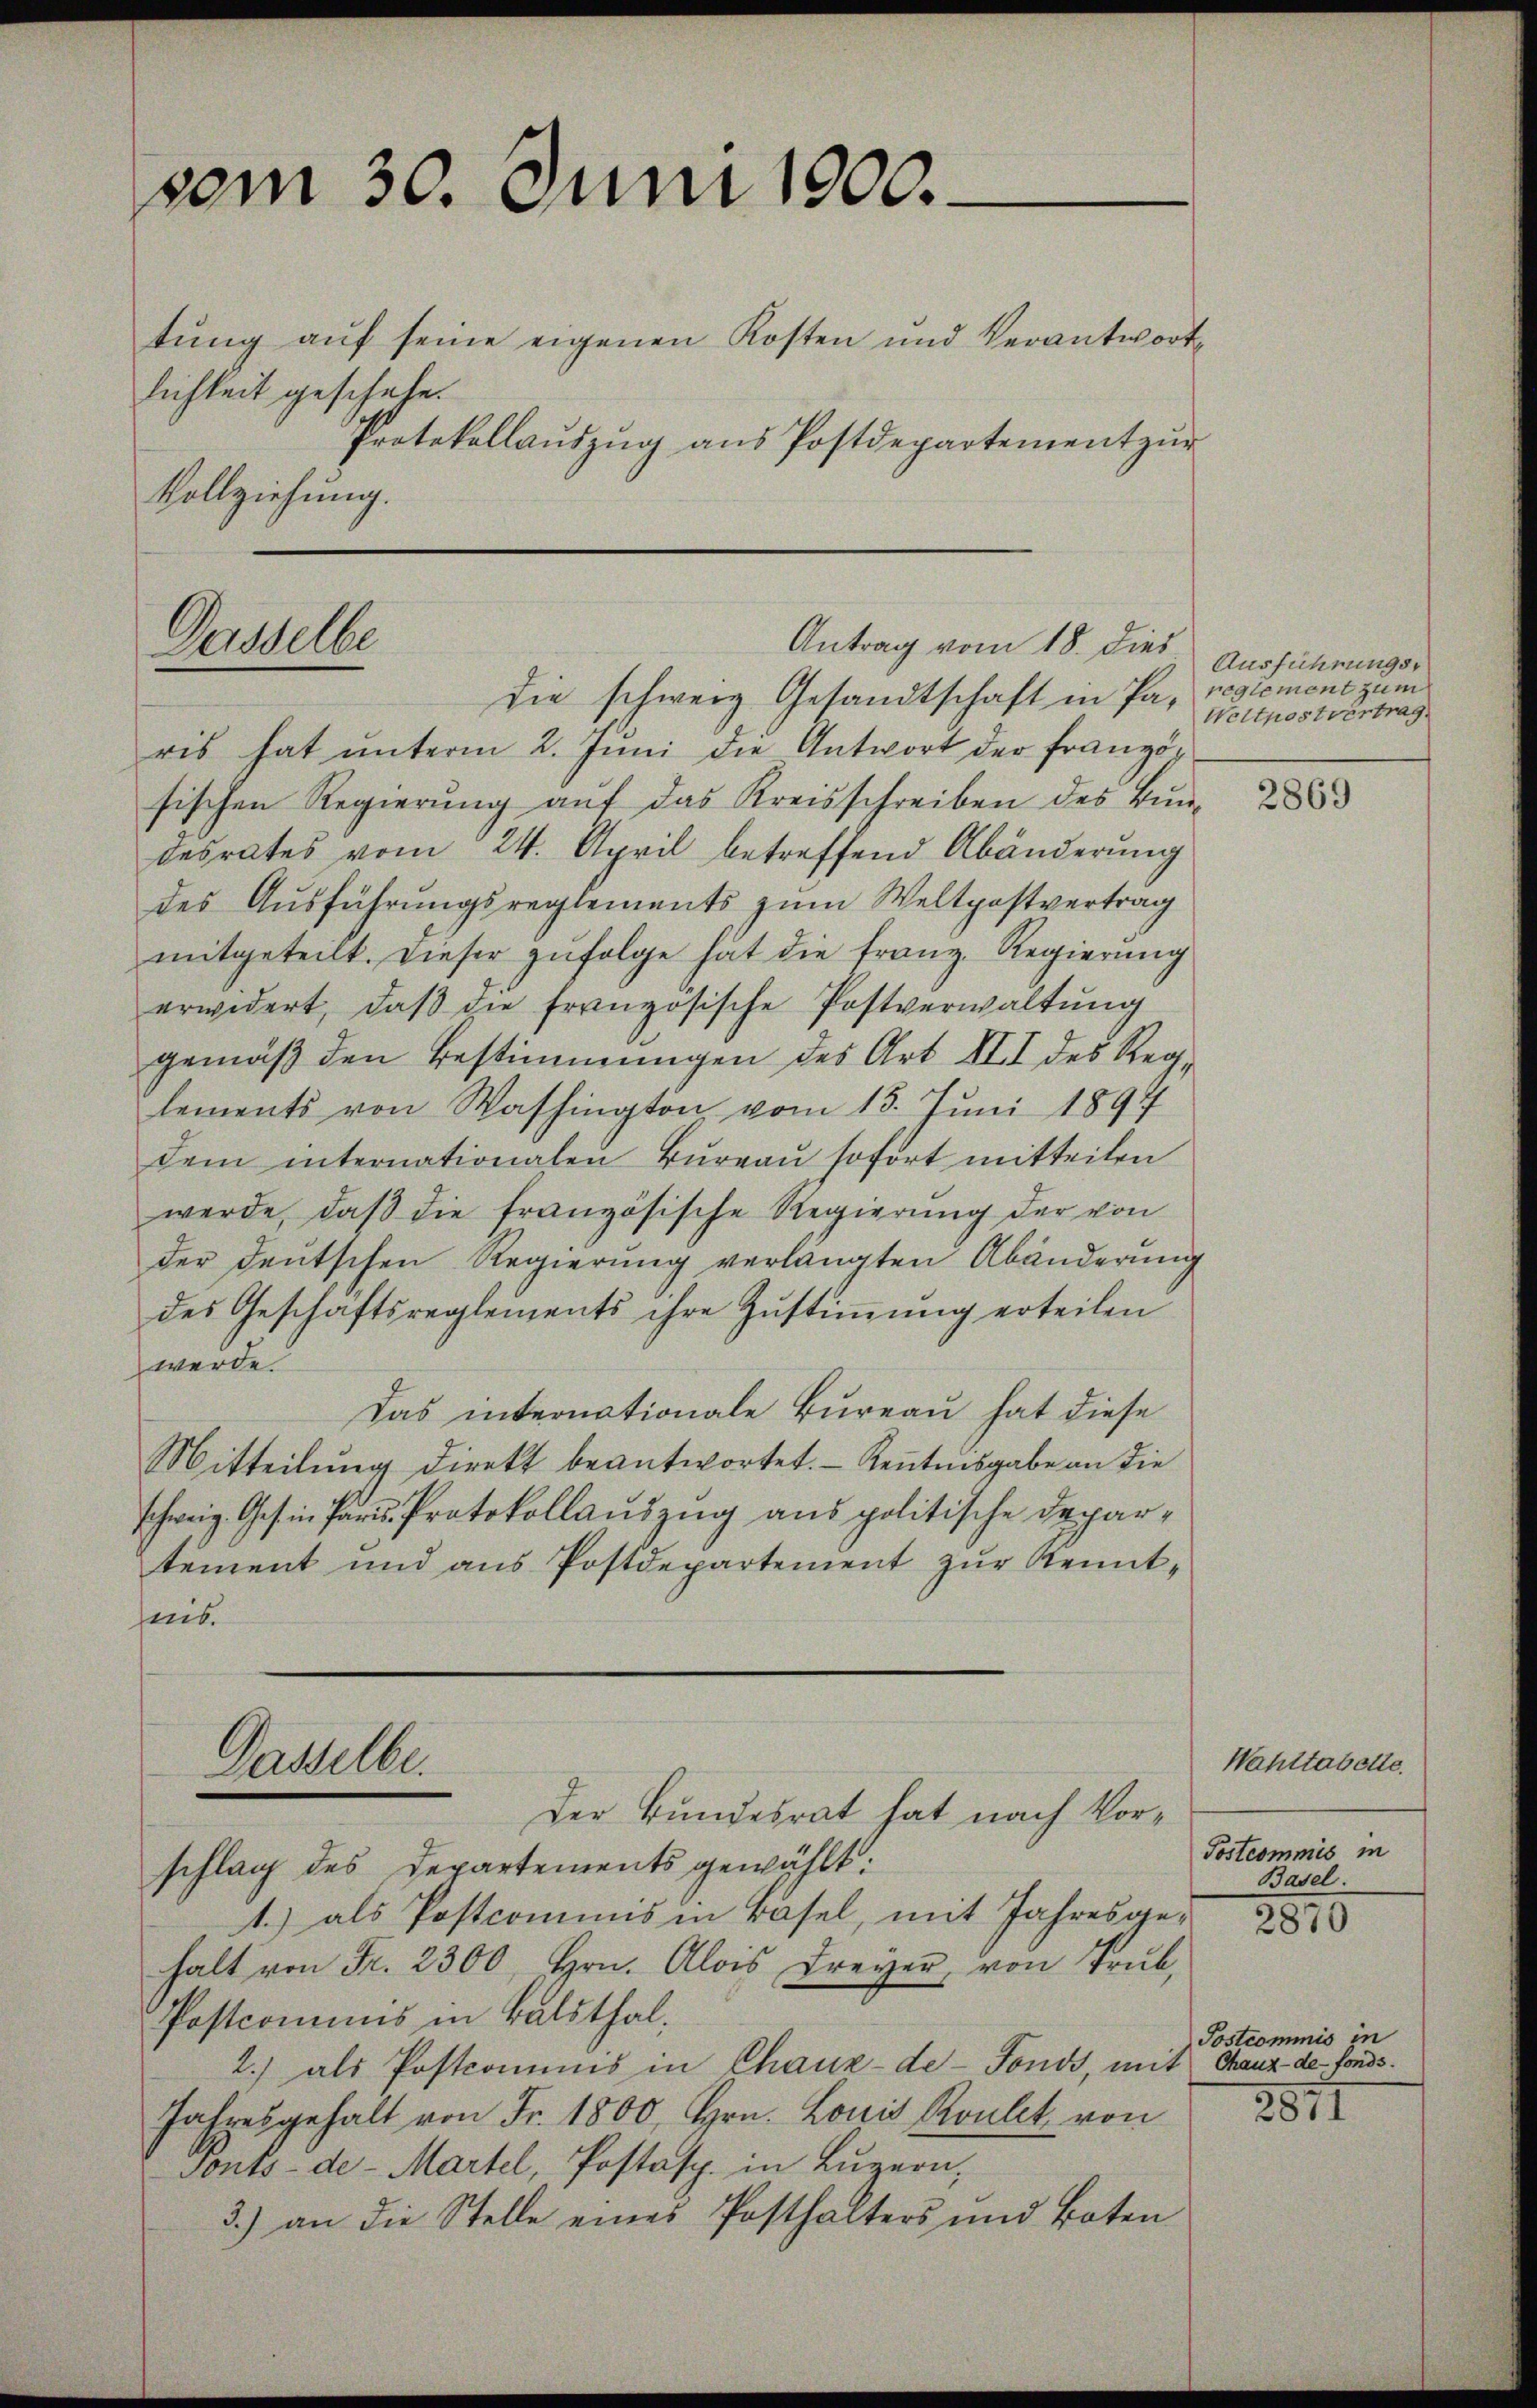
vom 30. Juni 1900.

tung auf seine eigenen Kosten und Verantwortlichkeit geschehe.
Protokollaŭszŭg ans Postdepartement zŭr
Vollziehung.

Dasselbe

die schweiz Gesandtschaft in Pa-
ris hat ŭnterm 2. Jŭni die Antwort der Franzö-
sischen Regierŭng aŭf das Kreisschreiben des Bŭn-
desrates vom 24. April betreffend Abänderung
des Ausführungsreglements zum Weltpostvertrag
mitgeteilt. Dieser zŭfolge hat die Franz. Regierung
erwidert, daβ die französische Postverwaltŭng
gemäß den Bestimmungen des Art XII des Reglements von Washington vom 13. Juni 1897
dem internationalen Bureau sofort mitteilen
werde, daß die französische Regierung der von
der deutschen Regierung verlangten Abänderung
des Geschäftsreglements ihre Zŭstiṁŭng erteilen
werde.
Das internationale Bureau hat diese
Mitteilŭng direkt beantwortet. Kenntnisgabe an die
schweiz. Gesin Paris Protokollauszug aus politische Departement und aus Postdepartement zur Kenntheit.

Dasselbe.
schlag des Departements gewählt:

1.) als Postcomuns in Basel, mit Jahresgehalt von Fr. 2300, Hrn. Alois Freyer, von Trub
Postcommis in Balsthal¬
2.) als Postcommis in Chaux-de-Fonds, mit Chauz de fonds¬
Jahresgehalt von Fr. 1800, Hrn. Louis Roult von
Tonts-de- Martel, Postasp. in Lŭzern,
3.) an die Stelle eines Posthalters und Boten

Antrag vom 18. dies

Der Bundesrat hat nach Vor¬

Ausführungsreglement zum
Weltpostvertrag

2869

Wahstabette.
Postcommis in
Basel.

2870

Postcommis in

2811